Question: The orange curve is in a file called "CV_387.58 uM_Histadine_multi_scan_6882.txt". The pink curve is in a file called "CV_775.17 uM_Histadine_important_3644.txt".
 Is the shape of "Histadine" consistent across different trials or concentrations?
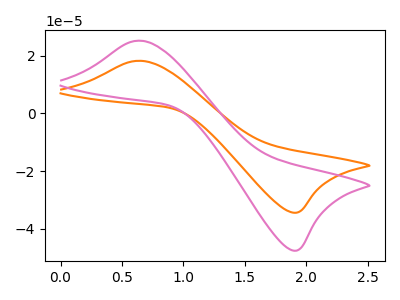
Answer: <think>The orange curve "Histadine_387.58 uM" has an anodic peak at (0.60V, 18.25uA) and a cathodic peak at (1.90V, -34.45uA). The pink curve "Histadine_775.17 uM" has an anodic peak at (0.60V, 25.25uA) and a cathodic peak at (1.90V, -47.60uA).
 All the peaks in "Histadine_387.58 uM" have a peak in "Histadine_775.17 uM" at the same potential. Every peak in "Histadine_387.58 uM" is lower than every peak in "Histadine_775.17 uM".</think>
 <answer>All the CV's of "Histadine" have similar shape.</answer>
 <eval>follow_rule</eval>